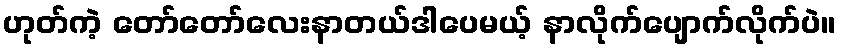
ဟုတ်ကဲ့ တော်တော်လေးနာတယ်ဒါပေမယ့် နာလိုက်ပျောက်လိုက်ပဲ။